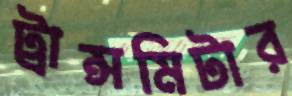
ট্রান্সমিটার